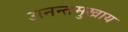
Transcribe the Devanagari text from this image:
अनन्तमुखाय